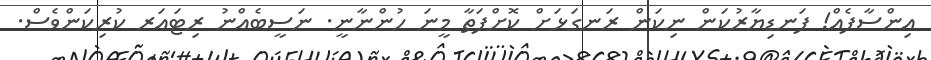
އިންސާފެއް! ފަނޑިޔާރުކަން ނިކަން ރަނގަޅަށް ކޮށްފަތާ މީނަ ހުންނާނީ. ނަސީބެއްނު ރިޓައަރ ކުރިކަންވެސް.